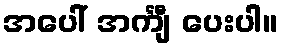
အပေါ် အင်္ကျီ ပေးပါ။